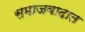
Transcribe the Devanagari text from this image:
समाजवादात